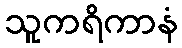
သူကရိကာနံ